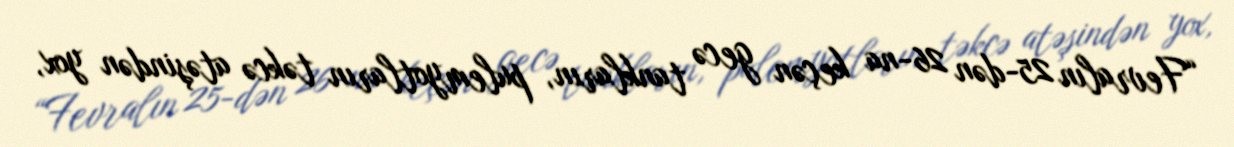
“Fevralın 25-dən 26-na keçən gecə tankların, pulemyotların təkcə atəşindən yox,